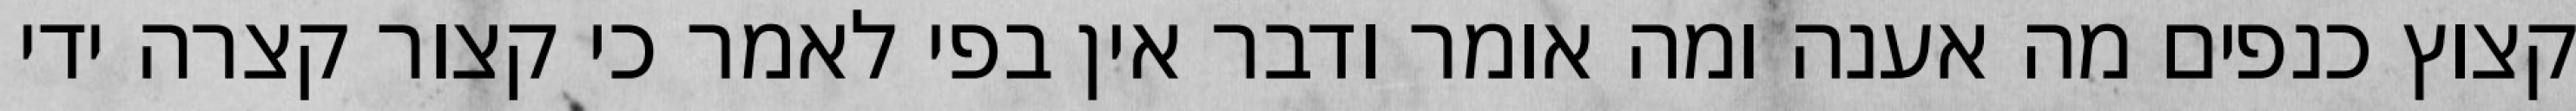
קצוץ כנפים מה אענה ומה אומר ודבר אין בפי לאמר כי קצור קצרה ידי